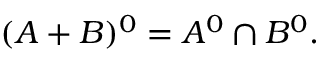
( A + B ) ^ { 0 } = A ^ { 0 } \cap B ^ { 0 } .